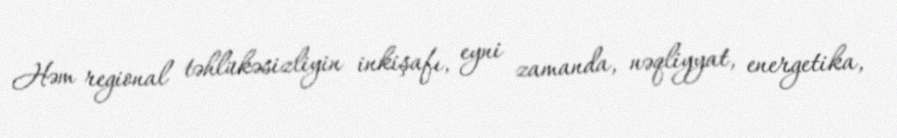
Həm regional təhlükəsizliyin inkişafı, eyni zamanda, nəqliyyat, energetika,